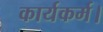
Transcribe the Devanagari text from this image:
कार्यकर्म।